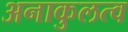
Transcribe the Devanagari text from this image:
अनाकुलत्व